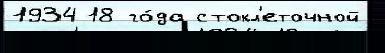
1934 18 го́да стокл'еточной